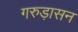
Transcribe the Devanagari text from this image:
गरुड़ासन